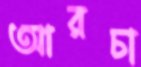
আরচা